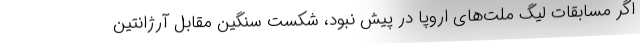
اگر مسابقات لیگ ملت‌های اروپا در پیش نبود، شکست سنگین مقابل آرژانتین